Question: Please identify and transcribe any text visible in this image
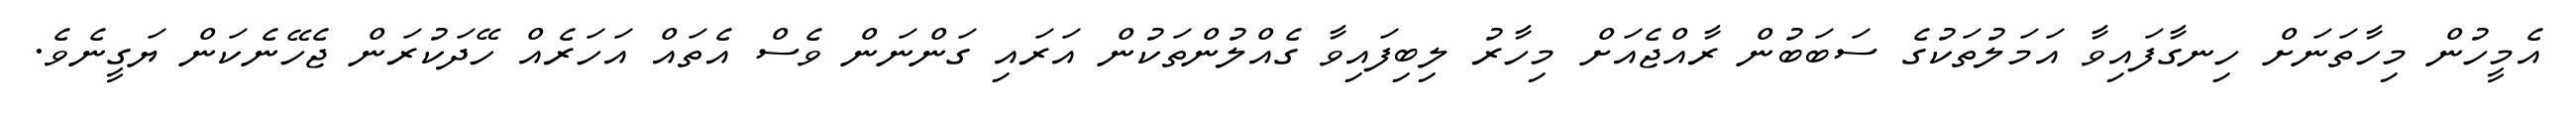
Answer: އެމީހުން މިހާތަނަށް ހިނގާފައިވާ އަމަލުތަކުގެ ސަބަބުން ރާއްޖެއަށް މިހާރު ލިބިފައިވާ ގެއްލުންތަކުން އަރައި ގަންނަން ވެސް އެތައް އަހަރެއް ހޭދަކުރަން ޖެހޭނެކަން ޔަގީނެވެ.